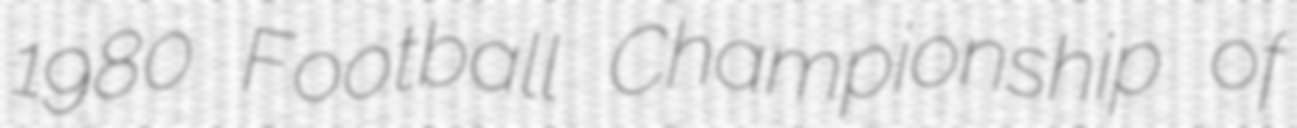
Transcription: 1980 Football Championship of